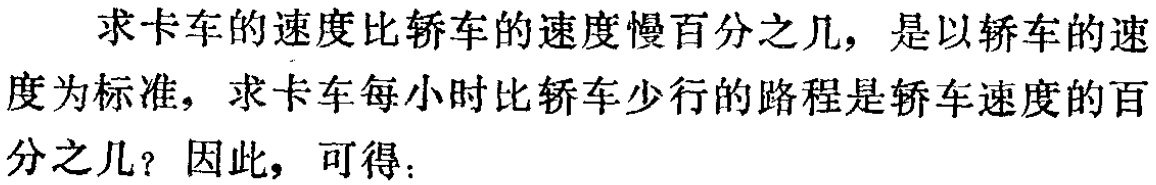
求卡车的速度比轿车的速度慢百分之几，是以轿车的速度为标准，求卡车每小时比轿车少行的路程是轿车速度的百分之几？因此，可得：